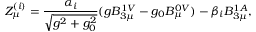
Z _ { \mu } ^ { ( i ) } = \frac { \alpha _ { i } } { \sqrt { g ^ { 2 } + g _ { 0 } ^ { 2 } } } ( g B _ { 3 \mu } ^ { 1 V } - g _ { 0 } B _ { \mu } ^ { 0 V } ) - \beta _ { i } B _ { 3 \mu } ^ { 1 A } ,